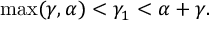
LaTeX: \operatorname * { m a x } ( \gamma , \alpha ) < \gamma _ { 1 } < \alpha + \gamma .